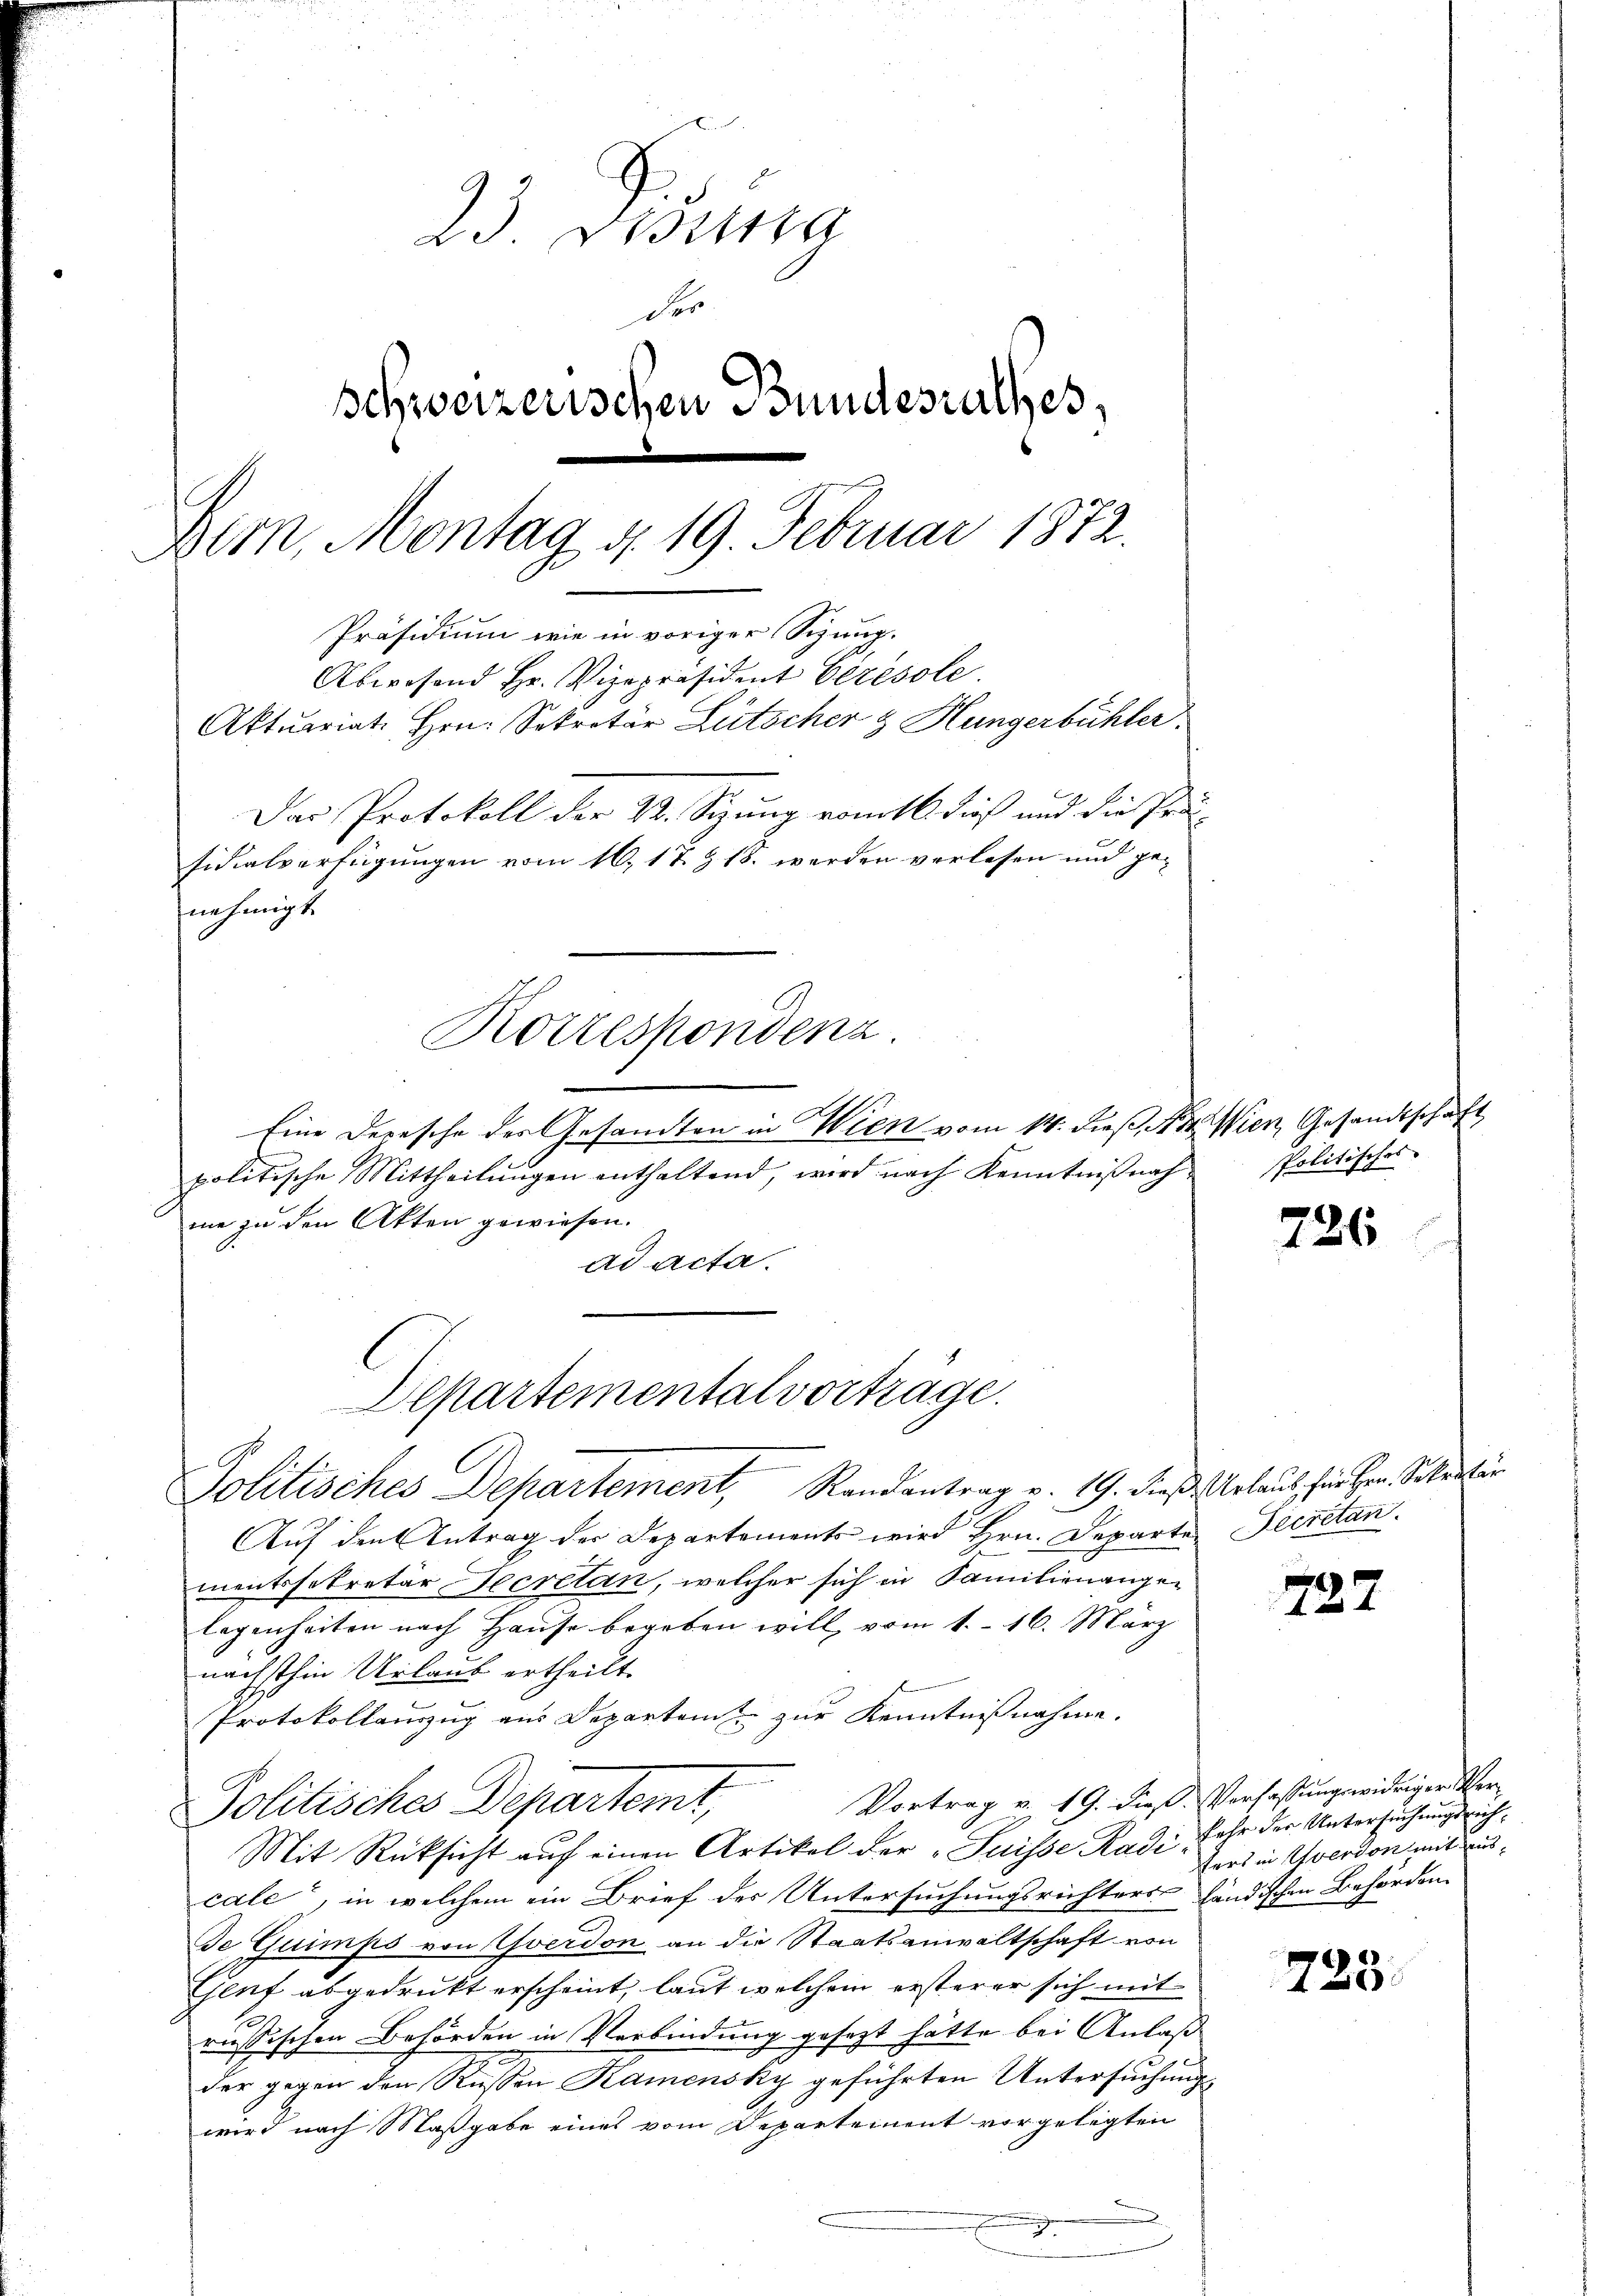
23. Distra
der
schweizerischen Bundesrathes,
Bern, Montag d. 19. Februar 1872.
Präsidium wie in voriger Sitzung.
Abwesend Hr. Vizepräsident Cérésole.
Aktuariat. Hrn. Sekretär Lütscher & Hungerbühler.
Das Protokoll der 4. Sitzung vom 16. dieß und die Prä-
sidialverfügungen vom 16. 17. & 18. werden verlesen und genehmigt
Korrespondenz.

Eine Depesche des Gesandten in Wien vom 14. dieß, Not. Wien, Gesandtschaft
politische Mittheilŭngen enthaltend, wird nach Kenntniβnach Politisches
me zu den Akten gewiesen.
ad acta.
Politisches Departement, Randantrag v. 19. dieß Urlaub hörten Sekretär
Auf den Antrag der Departements wird Hrn. Departe Decretan.
mentssekretär-Secretan, welcher sich in Familienangen
legenheiten nach Hause begeben will, vom 1. 16. März
nächsthin Urlaub ertheilt.
Protokollauszug aus Departem zur Kenntnißnahme.
Vortrag v. 19. dieß. Verfassungswidriger Ver¬
Politisches Departemt,
Mit Rüksicht auf einen Artikel der "Suisse Radicale“, in welchem ein Brief der Untersuchungsrichters händischen Behörden
De Quimps von Yverdon an die Staatsanwaltschaft von
Genf abgedrukt erscheint, laut welchem ersterer sich mit
russischen Behörden in Verbindung gesezt hätte bei Anlaß
der gegen den Russen Kamensky geführten Untersuchung
wird nach Maßgabe eines vom Departement vorgelegten
8

Departementalvorträge.

226

722

fahr der Untersuchungsrich
ters in Yverdon mit aus¬

725.